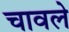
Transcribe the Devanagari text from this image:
चावले